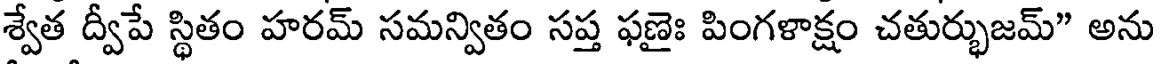
శ్వేత ద్వీపే స్థితం హరమ్ సమన్వితం సప్త ఫణైః పింగళాక్షం చతుర్భుజమ్" అను